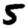
Digit: 5